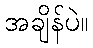
အချိန်ပဲ။